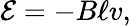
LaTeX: {\mathcal{E}}=-B\ell v,